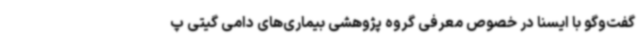
گفت‌وگو با ایسنا در خصوص معرفی گروه پژوهشی بیماری‌های دامی گیتی پ